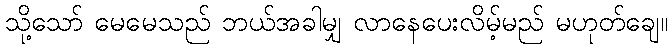
သို့သော် မေမေသည် ဘယ်အခါမျှ လာနေပေးလိမ့်မည် မဟုတ်ချေ။